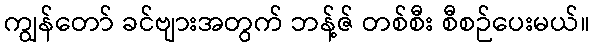
ကျွန်တော် ခင်ဗျားအတွက် ဘန့်ဇ် တစ်စီး စီစဉ်ပေးမယ်။